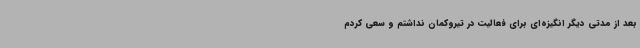
بعد از مدتی دیگر انگیزه‌ای برای فعالیت در تیروکمان نداشتم و سعی کردم